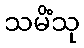
သမိံသု